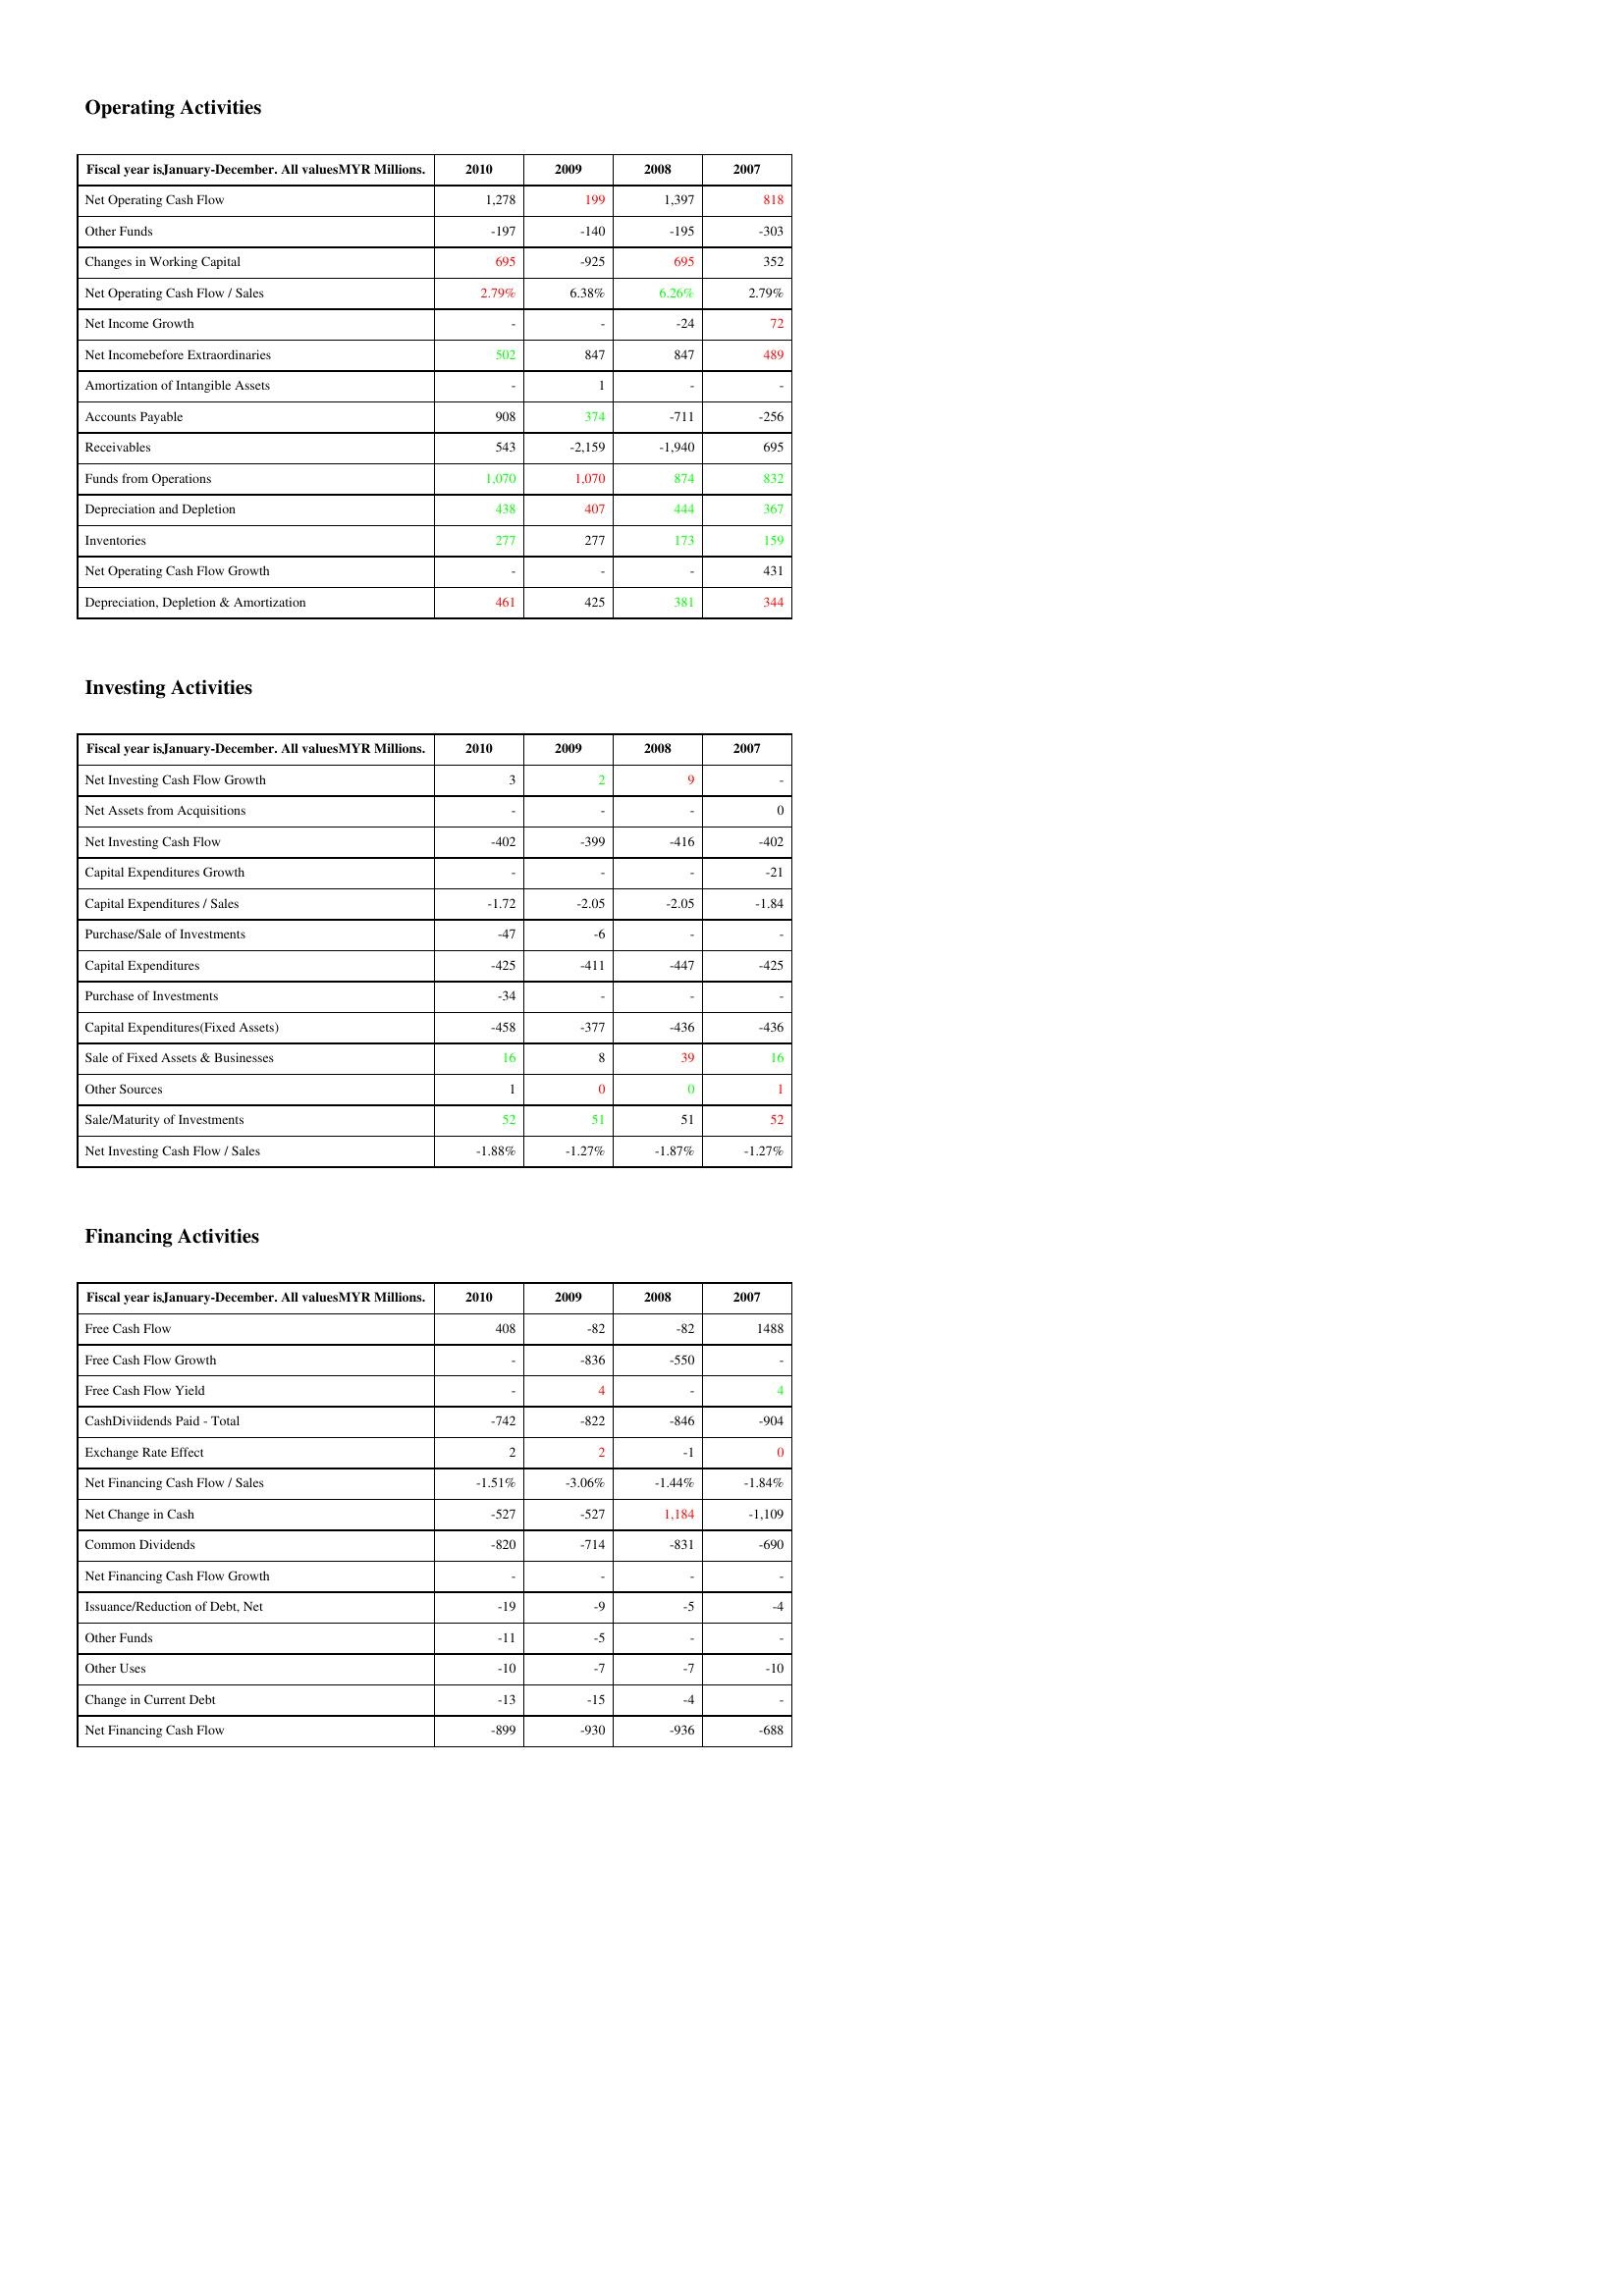
gt_parse: 2010: Operating Activities: Net Operating Cash Flow: 1,278
Other Funds: -197
Changes in Working Capital: 695
Net Operating Cash Flow / Sales: 2.79%
Net Income Growth: -
Net Incomebefore Extraordinaries: 502
Amortization of Intangible Assets: -
Accounts Payable: 908
Receivables: 543
Funds from Operations: 1,070
Depreciation and Depletion: 438
Inventories: 277
Net Operating Cash Flow Growth: -
Depreciation, Depletion & Amortization: 461
Investing Activities: Net Investing Cash Flow Growth: 3
Net Assets from Acquisitions: -
Net Investing Cash Flow: -402
Capital Expenditures Growth: -
Capital Expenditures / Sales: -1.72
Purchase/Sale of Investments: -47
Capital Expenditures: -425
Purchase of Investments: -34
Capital Expenditures(Fixed Assets): -458
Sale of Fixed Assets & Businesses: 16
Other Sources: 1
Sale/Maturity of Investments: 52
Net Investing Cash Flow / Sales: -1.88%
Financing Activities: Free Cash Flow: 408
Free Cash Flow Growth: -
Free Cash Flow Yield: -
CashDiviidends Paid - Total: -742
Exchange Rate Effect: 2
Net Financing Cash Flow / Sales: -1.51%
Net Change in Cash: -527
Common Dividends: -820
Net Financing Cash Flow Growth: -
Issuance/Reduction of Debt, Net: -19
Other Funds: -11
Other Uses: -10
Change in Current Debt: -13
Net Financing Cash Flow: -899
2009: Operating Activities: Net Operating Cash Flow: 199
Other Funds: -140
Changes in Working Capital: -925
Net Operating Cash Flow / Sales: 6.38%
Net Income Growth: -
Net Incomebefore Extraordinaries: 847
Amortization of Intangible Assets: 1
Accounts Payable: 374
Receivables: -2,159
Funds from Operations: 1,070
Depreciation and Depletion: 407
Inventories: 277
Net Operating Cash Flow Growth: -
Depreciation, Depletion & Amortization: 425
Investing Activities: Net Investing Cash Flow Growth: 2
Net Assets from Acquisitions: -
Net Investing Cash Flow: -399
Capital Expenditures Growth: -
Capital Expenditures / Sales: -2.05
Purchase/Sale of Investments: -6
Capital Expenditures: -411
Purchase of Investments: -
Capital Expenditures(Fixed Assets): -377
Sale of Fixed Assets & Businesses: 8
Other Sources: 0
Sale/Maturity of Investments: 51
Net Investing Cash Flow / Sales: -1.27%
Financing Activities: Free Cash Flow: -82
Free Cash Flow Growth: -836
Free Cash Flow Yield: 4
CashDiviidends Paid - Total: -822
Exchange Rate Effect: 2
Net Financing Cash Flow / Sales: -3.06%
Net Change in Cash: -527
Common Dividends: -714
Net Financing Cash Flow Growth: -
Issuance/Reduction of Debt, Net: -9
Other Funds: -5
Other Uses: -7
Change in Current Debt: -15
Net Financing Cash Flow: -930
2008: Operating Activities: Net Operating Cash Flow: 1,397
Other Funds: -195
Changes in Working Capital: 695
Net Operating Cash Flow / Sales: 6.26%
Net Income Growth: -24
Net Incomebefore Extraordinaries: 847
Amortization of Intangible Assets: -
Accounts Payable: -711
Receivables: -1,940
Funds from Operations: 874
Depreciation and Depletion: 444
Inventories: 173
Net Operating Cash Flow Growth: -
Depreciation, Depletion & Amortization: 381
Investing Activities: Net Investing Cash Flow Growth: 9
Net Assets from Acquisitions: -
Net Investing Cash Flow: -416
Capital Expenditures Growth: -
Capital Expenditures / Sales: -2.05
Purchase/Sale of Investments: -
Capital Expenditures: -447
Purchase of Investments: -
Capital Expenditures(Fixed Assets): -436
Sale of Fixed Assets & Businesses: 39
Other Sources: 0
Sale/Maturity of Investments: 51
Net Investing Cash Flow / Sales: -1.87%
Financing Activities: Free Cash Flow: -82
Free Cash Flow Growth: -550
Free Cash Flow Yield: -
CashDiviidends Paid - Total: -846
Exchange Rate Effect: -1
Net Financing Cash Flow / Sales: -1.44%
Net Change in Cash: 1,184
Common Dividends: -831
Net Financing Cash Flow Growth: -
Issuance/Reduction of Debt, Net: -5
Other Funds: -
Other Uses: -7
Change in Current Debt: -4
Net Financing Cash Flow: -936
2007: Operating Activities: Net Operating Cash Flow: 818
Other Funds: -303
Changes in Working Capital: 352
Net Operating Cash Flow / Sales: 2.79%
Net Income Growth: 72
Net Incomebefore Extraordinaries: 489
Amortization of Intangible Assets: -
Accounts Payable: -256
Receivables: 695
Funds from Operations: 832
Depreciation and Depletion: 367
Inventories: 159
Net Operating Cash Flow Growth: 431
Depreciation, Depletion & Amortization: 344
Investing Activities: Net Investing Cash Flow Growth: -
Net Assets from Acquisitions: 0
Net Investing Cash Flow: -402
Capital Expenditures Growth: -21
Capital Expenditures / Sales: -1.84
Purchase/Sale of Investments: -
Capital Expenditures: -425
Purchase of Investments: -
Capital Expenditures(Fixed Assets): -436
Sale of Fixed Assets & Businesses: 16
Other Sources: 1
Sale/Maturity of Investments: 52
Net Investing Cash Flow / Sales: -1.27%
Financing Activities: Free Cash Flow: 1488
Free Cash Flow Growth: -
Free Cash Flow Yield: 4
CashDiviidends Paid - Total: -904
Exchange Rate Effect: 0
Net Financing Cash Flow / Sales: -1.84%
Net Change in Cash: -1,109
Common Dividends: -690
Net Financing Cash Flow Growth: -
Issuance/Reduction of Debt, Net: -4
Other Funds: -
Other Uses: -10
Change in Current Debt: -
Net Financing Cash Flow: -688